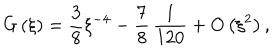
G \left( \xi \right) = \frac { 3 } { 8 } \xi ^ { - 4 } - \frac { 7 } { 8 } \, \frac { 1 } { 1 2 0 } + O \left( \xi ^ { 2 } \right) ,